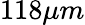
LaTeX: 118\mu m